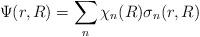
LaTeX: \begin{align*}\Psi(r,R) = \sum_n \chi_n(R)\sigma_n(r,R)\end{align*}